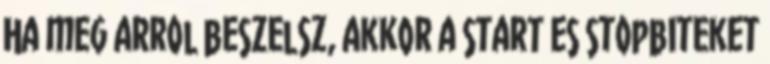
Ha meg arrol beszelsz, akkor a start es stopbiteket